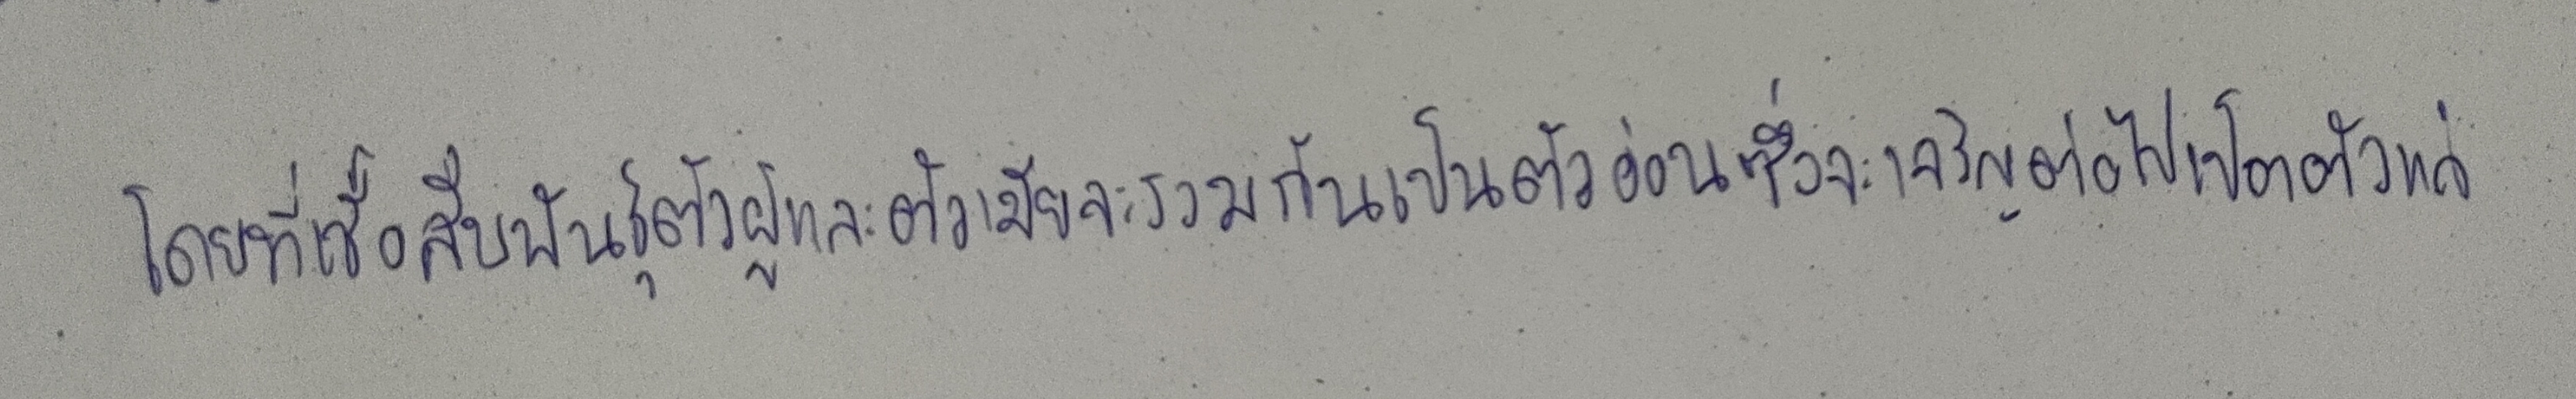
โดยที่เชื้อสืบพันธุ์ตัวผู้และตัวเมียจะรวมกันเป็นตัวอ่อนซึ่งจะเจริญต่อไปเป็นตัวแก่